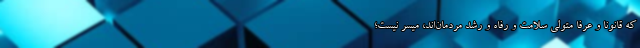
که قانوناً و عرفا متولی سلامت و رفاه و رشد مردمان‌اند، میسر نیست؛